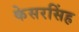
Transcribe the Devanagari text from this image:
केसरसिंह